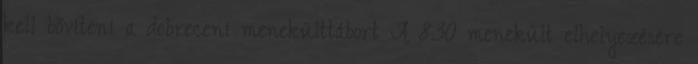
kell bővíteni a debreceni menekülttábort A 830 menekült elhelyezésére